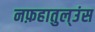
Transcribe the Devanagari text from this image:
नफ़हातुल्उंस